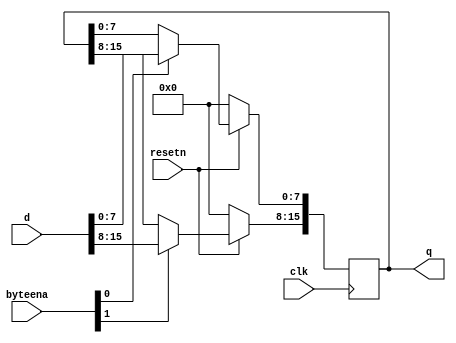
`timescale 1ns / 1ps
//////////////////////////////////////////////////////////////////////////////////
// Company: 
// Engineer: 
// 
// Design Name: 
// Module Name: Dff16e
// Project Name: 
// Target Devices: 
// Tool Versions: 
// Description: 
// 
// Dependencies: 
// 
// Revision:
// Revision 0.01 - File Created
// Additional Comments:
// 
//////////////////////////////////////////////////////////////////////////////////


module Dff16e(
    input clk,
    input resetn,
    input [1:0] byteena,
    input [15:0] d,
    output reg [15:0] q
    );
	
	always@(posedge clk) begin
		if(resetn==1'b0) begin
			q<=16'd0;
		end
		else begin
			if(byteena[0]==1'b1) begin
				q[7:0]<=d[7:0];
			end
			else begin
				q[7:0]<=q[7:0];
			end
			if(byteena[1]==1'b1) begin
				q[15:8]<=d[15:8];
			end
			else begin
				q[15:8]<=q[15:8];
			end
			
		end
		
	end
	
endmodule